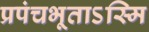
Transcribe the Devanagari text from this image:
प्रपंचभूताऽस्मि